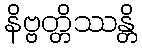
နိဗ္ဗတ္တိဿန္တိ